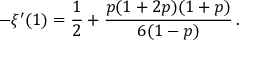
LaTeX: - \xi ^ { \prime } ( 1 ) = { \frac { 1 } { 2 } } + { \frac { p ( 1 + 2 p ) ( 1 + p ) } { 6 ( 1 - p ) } } \, .